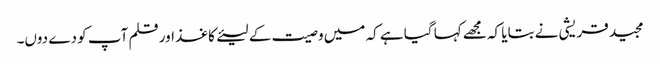
مجید قریشی نے بتایا کہ مجھے کہا گیا ہے کہ میں وصیت کے لیئےکاغذ اور قلم آپ کو دے دوں۔